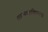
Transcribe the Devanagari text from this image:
शाम्भवशक्तिभाजं।